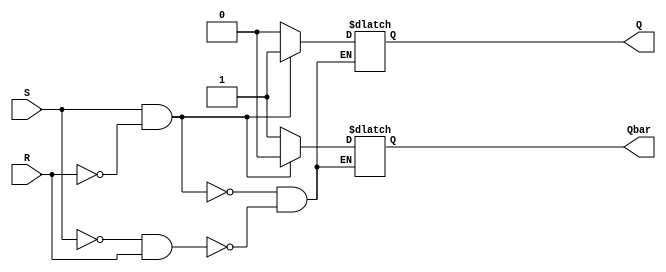
module sr_flipflop (
  input S, // Set input
  input R, // Reset input
  output reg Q, // Q output
  output reg Qbar // Q' output
);

// Asynchronous Set-Reset Flip-Flop logic
always @* begin
  if (S && !R) begin
    Q <= 1;
    Qbar <= 0;
  end else if (!S && R) begin
    Q <= 0;
    Qbar <= 1;
  end
  // Retain previous state
end

endmodule